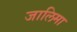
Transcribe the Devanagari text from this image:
जालिमा